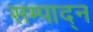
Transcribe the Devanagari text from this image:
सम्पाद्न